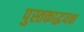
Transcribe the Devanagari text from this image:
पुस्तकाद्धयक्ष